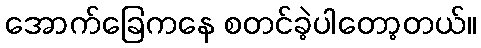
အောက်ခြေကနေ စတင်ခဲ့ပါတော့တယ်။